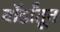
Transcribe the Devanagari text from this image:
वॉर्डांतून